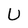
Character: U